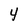
Character: 4